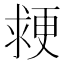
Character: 𭱉